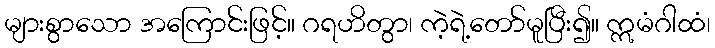
များစွာသော အကြောင်းဖြင့်။ ဂရဟိတွာ၊ ကဲ့ရဲ့တော်မူပြီး၍။ ဣမံဂါထံ၊